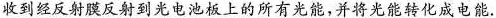
收到经反射膜反射到光电池板上的所有光能，并将光能转化成电能。